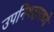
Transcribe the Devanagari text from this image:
उपनिषदामध्ये